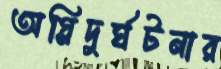
অগ্নিদুর্ঘটনার